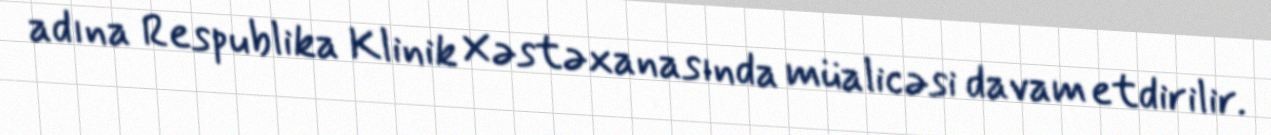
adına Respublika Klinik Xəstəxanasında müalicəsi davam etdirilir.